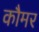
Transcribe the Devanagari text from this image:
कौमर